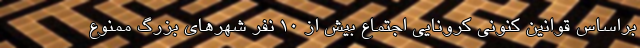
براساس قوانین کنونی کرونایی اجتماع بیش از 10 نفر شهرهای بزرگ ممنوع